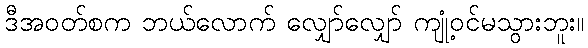
ဒီအဝတ်စက ဘယ်လောက် လျှော်လျှော် ကျုံ့ဝင်မသွားဘူး။